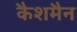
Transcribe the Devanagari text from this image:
कैशमैन